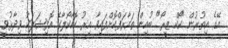
އޭގެ އިތުރުން "ކޯކް ޒީރޯ" ބުއިން ތައާރަފްކޮށްފައިވާ އިރު ކޮކާކޯލާގެ އޮފިޝަލަކު ވިދާޅުވީ